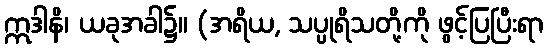
ဣဒါနိ၊ ယခုအခါ၌။ (အရိယ, သပ္ပုရိသတို့ကို ဖွင့်ပြပြီးရာ